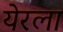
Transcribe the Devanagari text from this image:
येरला